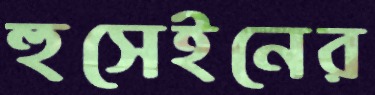
হুসেইনের